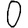
Digit: 0